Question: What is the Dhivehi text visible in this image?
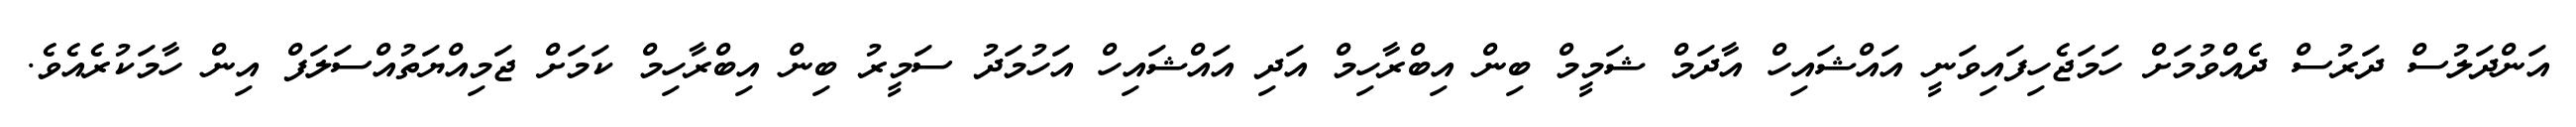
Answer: އަންދަލުސް ދަރުސް ދެއްވުމަށް ހަމަޖެހިފައިވަނީ އައްޝައިހް އާދަމް ޝަމީމް ބިން އިބްރާހިމް އަދި އައްޝައިހް އަހުމަދު ސަމީރު ބިން އިބްރާހިމް ކަމަށް ޖަމިއްޔަތުއްސަލަފް އިން ހާމަކުރެއެވެ.